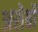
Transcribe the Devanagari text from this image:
असेर्बो